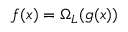
f ( x ) = \Omega _ { L } ( g ( x ) )